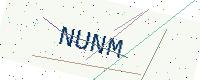
Text: NUNM